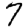
Digit: 7